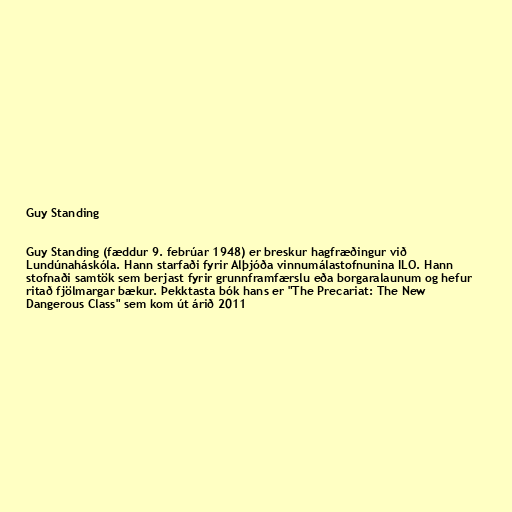
Guy Standing

Guy Standing (fæddur 9. febrúar 1948) er breskur hagfræðingur við
Lundúnaháskóla. Hann starfaði fyrir Alþjóða vinnumálastofnunina ILO. Hann
stofnaði samtök sem berjast fyrir grunnframfærslu eða borgaralaunum og hefur
ritað fjölmargar bækur. Þekktasta bók hans er "The Precariat: The New
Dangerous Class" sem kom út árið 2011